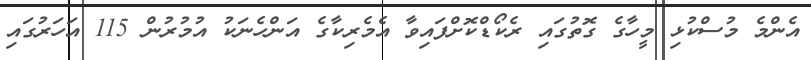
އެންމެ މުސްކުޅި މީހާގެ ގޮތުގައި ރެކޯޑްކޮށްފައިވާ އެމެރިކާގެ އަންހެނަކު އުމުރުން 115 އަހަރުގައި